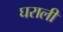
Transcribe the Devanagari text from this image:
घराली